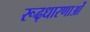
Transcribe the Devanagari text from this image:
रूढ़धारणाओं